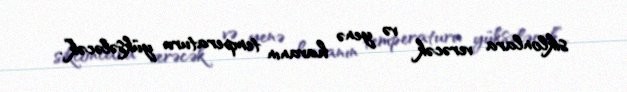
siklonlara verəcək və yenə havanın temperaturu yüksələcək”.